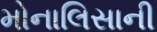
મોનાલિસાની